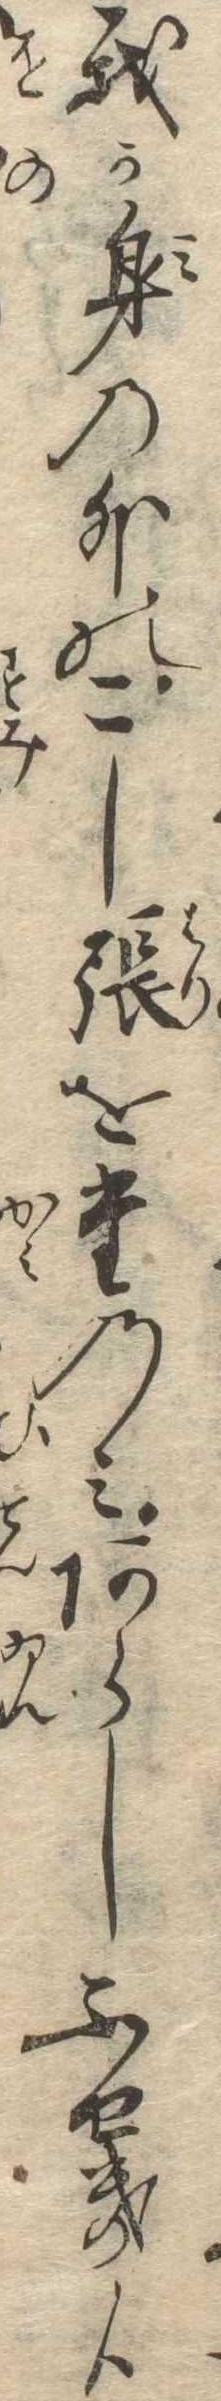
我が身の外のこし張をたのみあらしふせき候